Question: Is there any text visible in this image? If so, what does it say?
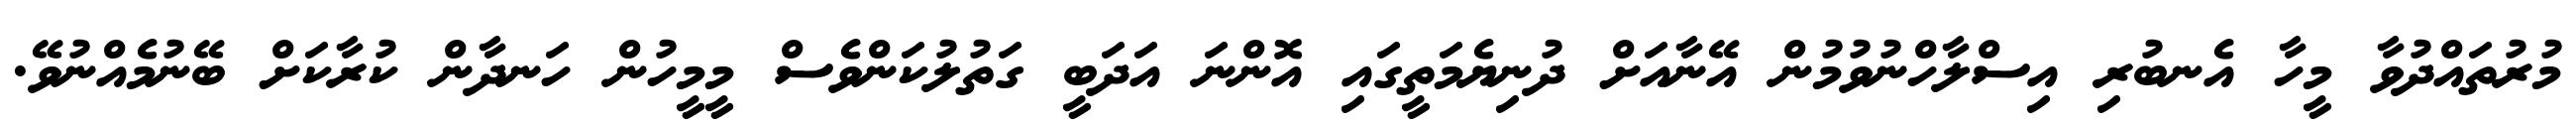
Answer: މުރުތައްދުވާ މީހާ އެނބުރި އިސްލާހްނުވުމުން އޭނާއަށް ދުނިޔެމަތީގައި އޮންނަ އަދަބީ ގަތުލުކަންވެސް މީމީހުން ހަނދާން ކުރާކަށް ބޭނުމެއްނުވޭ.